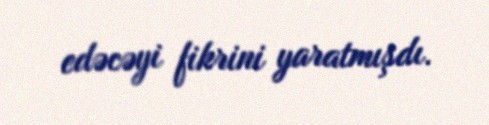
edəcəyi fikrini yaratmışdı.